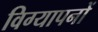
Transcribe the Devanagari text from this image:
विग्यापनों